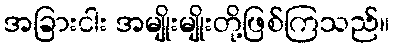
အခြားငါး အမျိုးမျိုးတို့ဖြစ်ကြသည်။